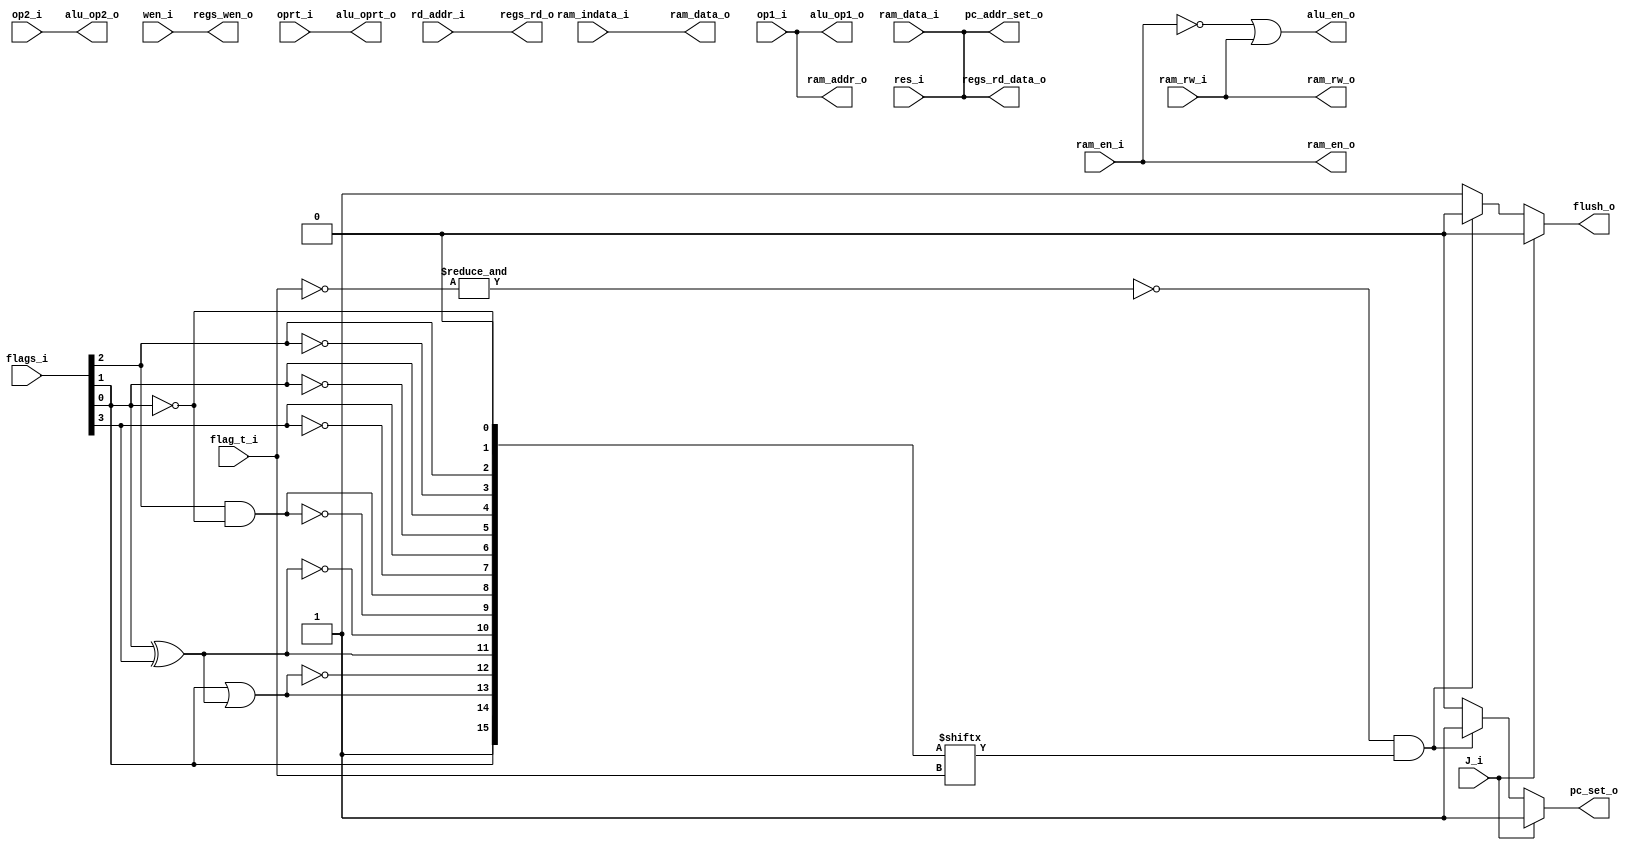
`define N flags_i[0]
`define Z flags_i[1]
`define C flags_i[2]
`define V flags_i[3]

`define NV flag_t[0]
`define NE flag_t[1]
`define CS flag_t[2]
`define CC flag_t[3]
`define MI flag_t[4]
`define PL flag_t[5]
`define VS flag_t[6]
`define VC flag_t[7]
`define HI flag_t[8]
`define LS flag_t[9]
`define GE flag_t[10]
`define LT flag_t[11]
`define GT flag_t[12]
`define LE flag_t[13]
`define EQ flag_t[14]
`define AL flag_t[15]

module ex(
	input wire[4:0]   rd_addr_i,
	input wire        ram_en_i, //directly switch to regs datain
	input wire		  ram_rw_i, 
	input wire 	  	  J_i,
	input wire[3:0]   flag_t_i,
	input wire[3:0]   oprt_i,
	input wire		  wen_i,
	input wire[31:0]  op1_i,
	input wire[31:0]  op2_i, 
	input wire[31:0]  ram_indata_i,

	input wire[10:0]  flags_i, //from ALU
	input wire[31:0]  res_i, //from ALU
	input wire[31:0]  ram_data_i, //from ram

	output wire[31:0] pc_addr_set_o, //to pc
	output reg		  pc_set_o, //to pc
	output reg 	  	  flush_o, //to if_id & id_ex  low:flush

	output wire  	  regs_wen_o,
	output wire[4:0]  regs_rd_o,
	output wire[31:0] regs_rd_data_o,

	output wire[3:0]  alu_oprt_o, //to alu
 	output wire[31:0] alu_op1_o, //to alu
	output wire[31:0] alu_op2_o, //to alu
	output wire  	  alu_en_o,

	output wire 	  ram_en_o,
	output wire[31:0] ram_addr_o, //to ram
	output wire  	  ram_rw_o, //to ram
	output wire[31:0] ram_data_o //to ram

);
	wire[15:0] flag_t;
	//flags_i[10:0] --> flag_t[15:0]flag_t_iB
	assign flag_t[7:0] = {~`V,`V,~`N,`N,~`C,`C,~`Z,1'b0};
	assign `HI = `C & (~`Z);
	assign `LS = ~`HI;
	assign `LT = `N ^ `V;
	assign `GE = ~`LT;
	assign `LE = `Z | (`N ^ `V);
	assign `GT = ~`LE;
	assign `AL = 1;
	assign `EQ = `Z;


	assign pc_addr_set_o = res_i;
	always @(*) begin
		if(J_i) begin //J
			pc_set_o = 1'b1;
			flush_o = 1'b0;
		end
		else if(~(&(~flag_t_i)) && flag_t[flag_t_i]) begin //B
			pc_set_o = 1'b1;
			flush_o = 1'b0;
		end
		else begin
			pc_set_o = 1'b0;
			flush_o = 1'b1;
		end

		
	end
	

	assign regs_wen_o = wen_i;
	assign regs_rd_o = rd_addr_i;
	

	assign alu_op1_o = op1_i;
	assign alu_op2_o = op2_i;
	assign alu_oprt_o = oprt_i;
	assign alu_en_o = ~ram_en_o | ram_rw_o;

	assign ram_en_o = ram_en_i;
	assign ram_rw_o = ram_rw_i;
	assign ram_addr_o = op1_i;
	assign ram_data_o = ram_indata_i;
	/*
		if(ram_en_i) begin
			regs_rd_data_o = ram_data_i;
		end
		else begin
			regs_rd_data_o = res_i;
		end
	*/

	assign regs_rd_data_o = res_i;
	assign regs_rd_data_o = ram_data_i;

endmodule